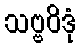
သဗ္ဗဝိဒုံ